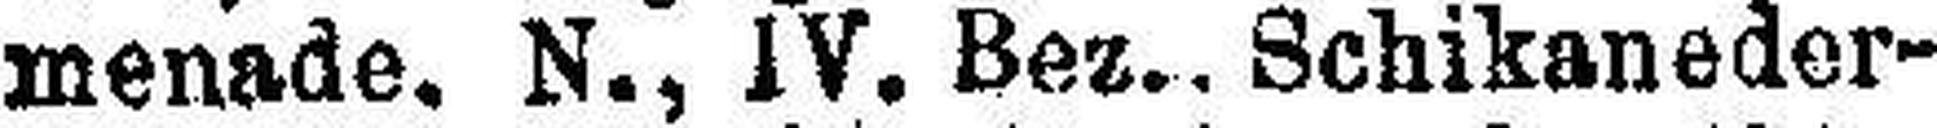
menade. N., IV. Bez.. Schikaneder¬